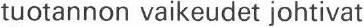
tuotannon vaikeudet johtivat